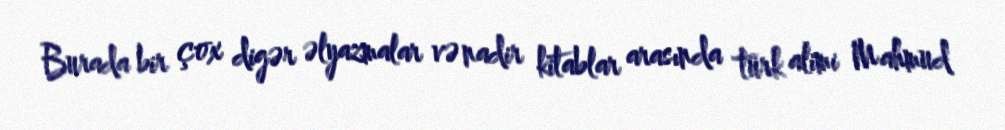
Burada bir çox digər əlyazmalar və nadir kitablar arasında türk alimi Mahmud